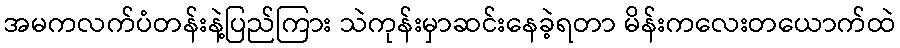
အမကလက်ပံတန်းနဲ့ပြည်ကြား သဲကုန်းမှာဆင်းနေခဲ့ရတာ မိန်းကလေးတယောက်ထဲ